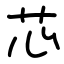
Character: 芯